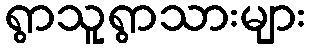
ရွာသူရွာသားများ